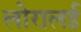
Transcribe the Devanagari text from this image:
लोरालई